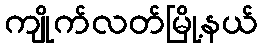
ကျိုက်လတ်မြို့နယ်